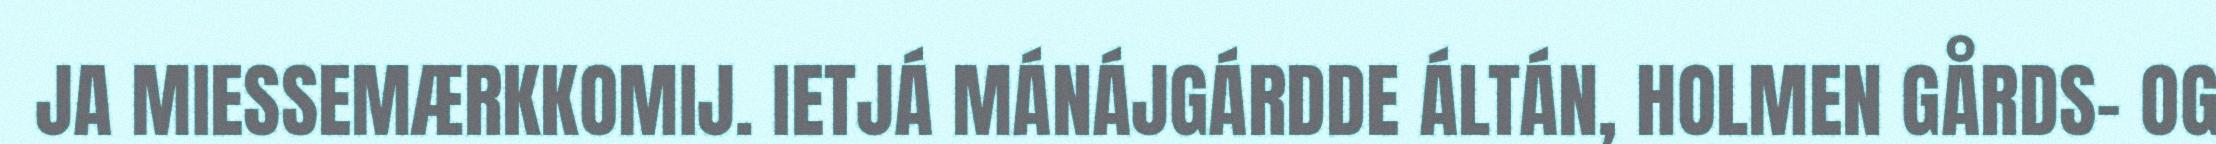
JA MIESSEMÆRKKOMIJ. IETJÁ MÁNÁJGÁRDDE ÁLTÁN, HOLMEN GÅRDS- OG